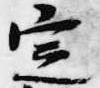
定